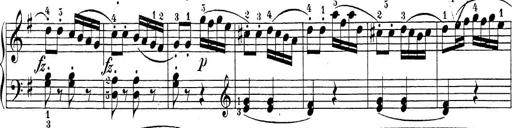
Title: Sonatina Album
Composer: Louis KÃ¶hler